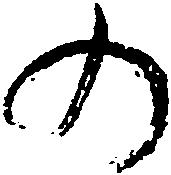
の